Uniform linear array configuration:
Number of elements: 24
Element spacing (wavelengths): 0.75
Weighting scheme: hann
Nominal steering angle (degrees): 60
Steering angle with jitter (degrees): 61.626
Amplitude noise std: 0.05
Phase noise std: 0.05

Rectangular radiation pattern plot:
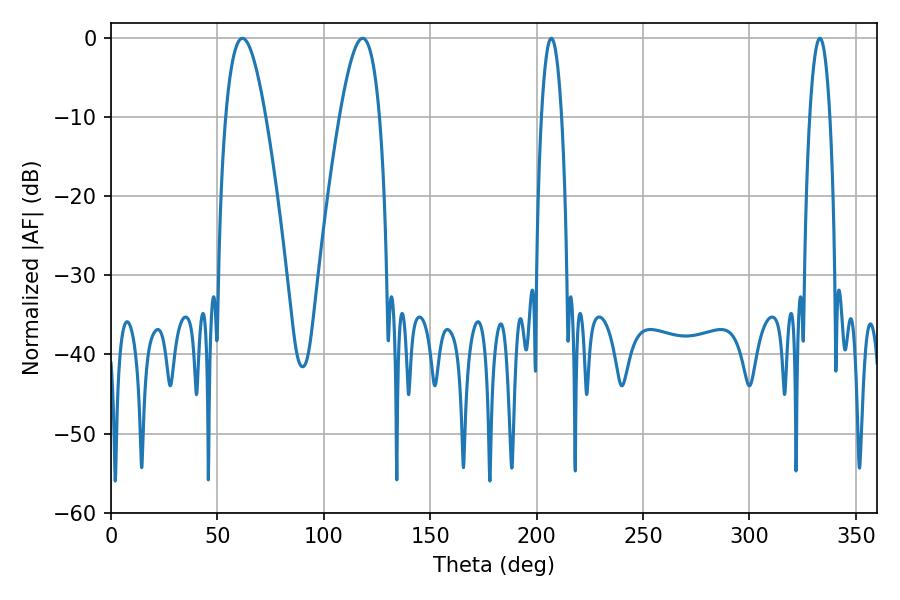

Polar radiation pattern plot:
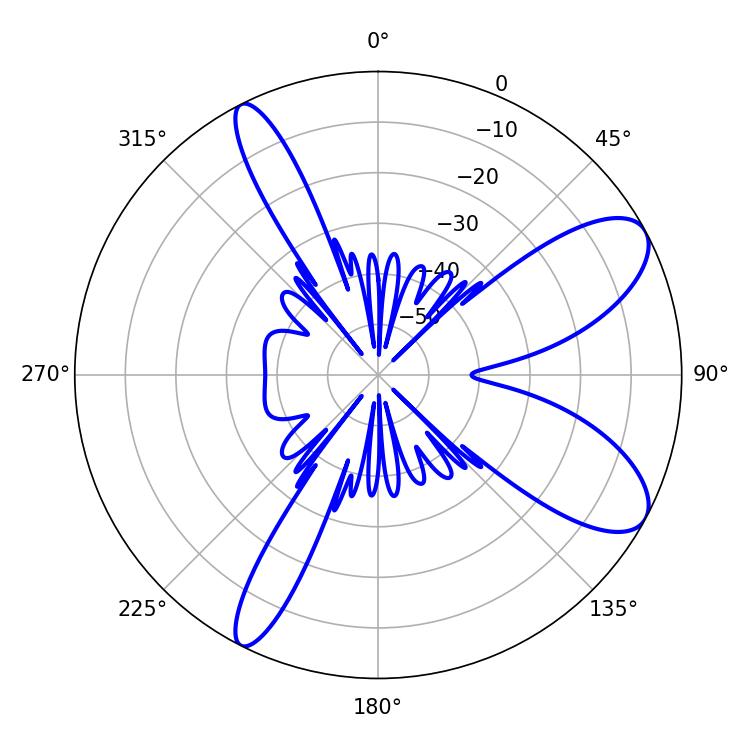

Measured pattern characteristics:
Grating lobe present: TRUE
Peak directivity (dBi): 8.99
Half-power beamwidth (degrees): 10.26
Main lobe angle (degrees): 61.74